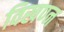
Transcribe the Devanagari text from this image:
विखण्न